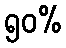
၅၀%